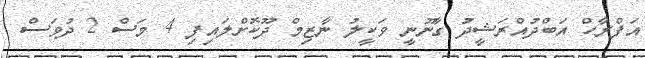
އަފްރާހް އަބްދުއްރަޝީދު ގާނޫނީ ވަކީލު ނާޒިމް ދޫކޮށްލައިފި 4 މަސް 2 ދުވަސް